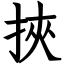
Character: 挾